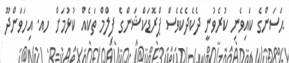
ޙަސަންގެ ކައިވެނި ކުރެވުނީ ދެކެދެކެވެސް ޕްރޮޑަކްޝަންގެ ފިލްމް ތަކެއް ކުޅުމަށް ހއ. އިހަވަންދޫ